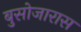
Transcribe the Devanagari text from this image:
बुसोजारास